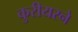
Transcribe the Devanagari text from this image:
कुरीयरने